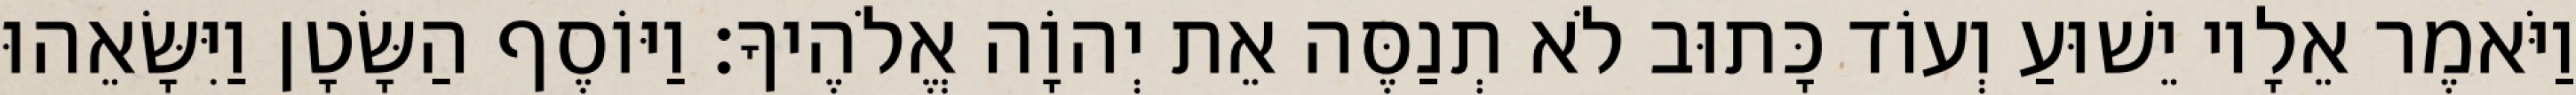
וַיֹּאמֶר אֵלָיו יֵשׁוּעַ וְעוֹד כָּתוּב לֹא תְנַסֶּה אֵת יְהוָֹה אֱלֹהֶיךָ׃ וַיּוֹסֶף הַשָּׂטָן וַיִּשָּׂאֵהוּ